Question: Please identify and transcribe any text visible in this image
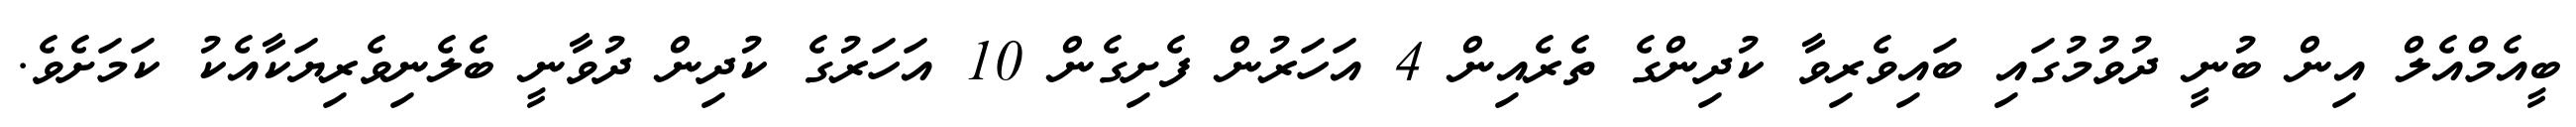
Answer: ބީއެމްއެލް އިން ބުނީ ދުވުމުގައި ބައިވެރިވާ ކުދިންގެ ތެރެއިން 4 އަހަރުން ފެށިގެން 10 އަހަރުގެ ކުދިން ދުވާނީ ބެލެނިވެރިޔަކާއެކު ކަމަށެވެ.